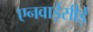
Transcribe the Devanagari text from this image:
एनवाईसीई